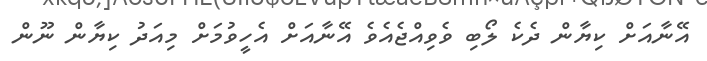
އޭނާއަށް ކިޔާން ދެކެ ލޯބި ވެވިއްޖެއެވެ އޭނާއަށް އެހީވުމަށް މިއަދު ކިޔާން ނޫން